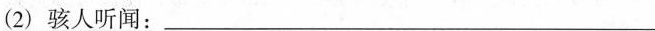
(2)骇人听闻：____